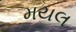
મયલ